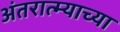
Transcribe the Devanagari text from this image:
अंतरात्म्याच्या